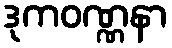
ဒုကဝဏ္ဏနာ